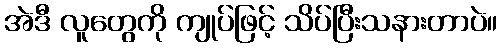
အဲဒီ လူတွေကို ကျုပ်ဖြင့် သိပ်ပြီးသနားတာပဲ။